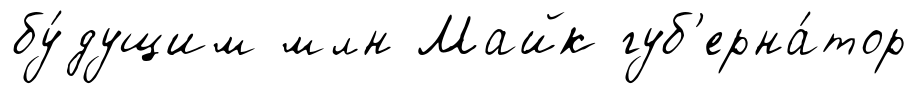
бу́дущим млн Майк губ'ерна́тор